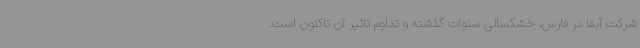
شرکت آبفا در فارس، خشکسالی سنوات گذشته و تداوم تاثیر آن تاکنون است.